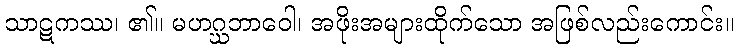
သာဋကဿ၊ ၏။ မဟဂ္ဃဘာဝေါ၊ အဖိုးအများထိုက်သော အဖြစ်လည်းကောင်း။